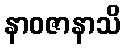
နာဝဇာနာသိ